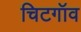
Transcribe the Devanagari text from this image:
चिटगॉव